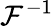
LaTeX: \mathcal{F}^{-1}